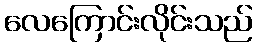
လေကြောင်းလိုင်းသည်